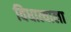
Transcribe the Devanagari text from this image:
विधात्याला